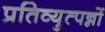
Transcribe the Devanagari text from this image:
प्रतिव्युत्पन्नों